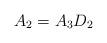
LaTeX: \begin{align*}A_2= A_3 D_2 \end{align*}